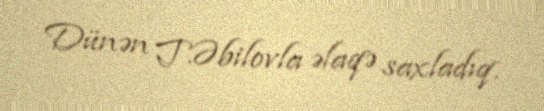
Dünən T.Əbilovla əlaqə saxladıq.